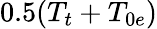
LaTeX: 0.5(T_{t}+T_{0e})